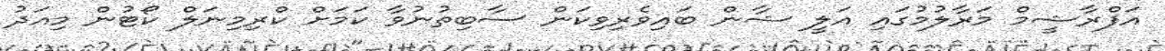
އަފްރާޝީމް މަރާލުމުގައި އަލީ ޝާން ބައިވެރިވިކަން ސާބިތުނުވާ ކަމަަށް ކްރިމިނަލް ކޯޓުން މިއަދު